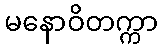
မနောဝိတက္ကာ